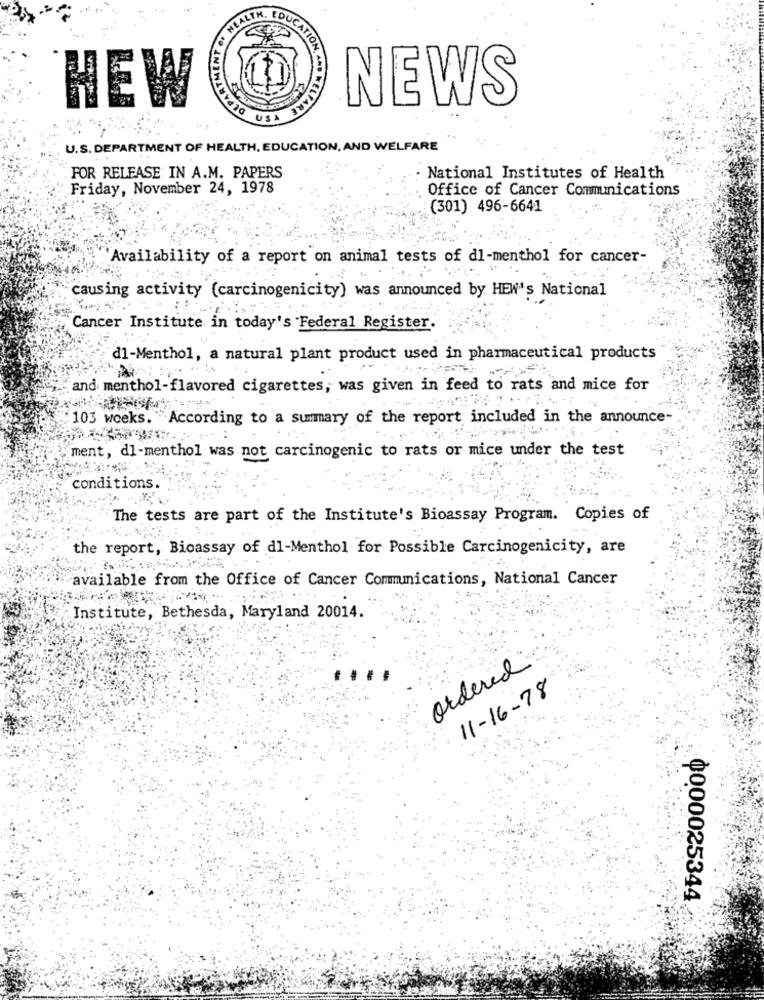
HEW
DEP
NEWS
TION, AND WELFARE
USA
U.S. DEPARTMENT OF HEALTH, EDUCATION, AND WELFARE
FOR RELEASE IN A.M. PAPERS
National Institutes of Health
Friday, November 24, 1978
Office of Cancer Communications
(301) 496-6641
Availability of a report on animal tests of dl-menthol for cancer-
1.47
causing activity (carcinogenicity) was announced by HEW's National
Cancer Institute in today's Federal Register.
d1-Menthol, a natural plant product used in pharmaceutical products
and menthol-flavored cigarettes, was given in feed to rats and mice for
103 weeks. "According to a summary of the report included in the announce-
ment, di-menthol was not carcinogenic to rats or mice under the test
conditions.
The tests are part of the Institute's Bioassay Program. Copies of
the report, Bioassay of dl-Menthol for Possible Carcinogenicity, are
available from the Office of Cancer Communications, National Cancer
Institute, Bethesda, Maryland 20014.
ordered
11-16-78
0000025344